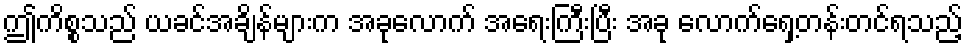
ဤကိစ္စသည် ယခင်အချိန်များက အခုလောက် အရေးကြီးပြီး အခု လောက်ရှေ့တန်းတင်ရသည့်